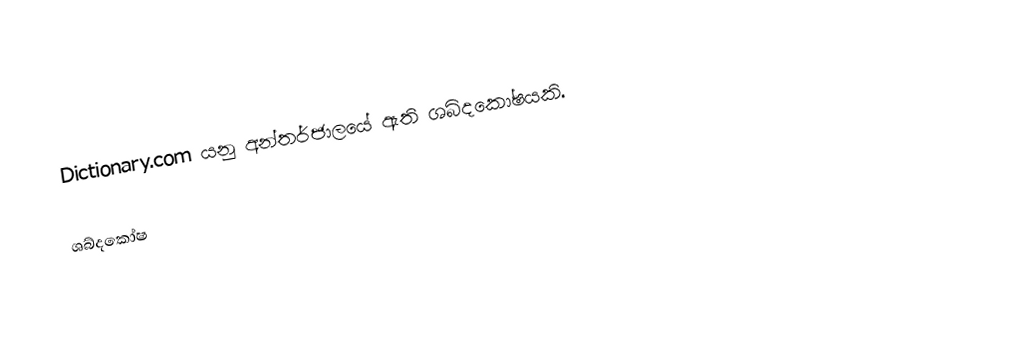
Dictionary.com යනු අන්තර්ජාලයේ ඇති ශබ්දකෝෂයකි.

ශබ්දකෝෂ